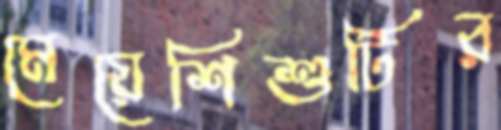
মেয়েশিশুটির